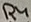
Text: R4